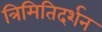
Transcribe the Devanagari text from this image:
त्रिमितिदर्शन